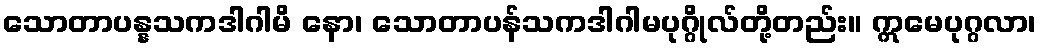
သောတာပန္နသကဒါဂါမိ နော၊ သောတာပန်သကဒါဂါမပုဂ္ဂိုလ်တို့တည်း။ ဣမေပုဂ္ဂလာ၊